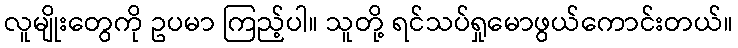
လူမျိုးတွေကို ဥပမာ ကြည့်ပါ။ သူတို့ ရင်သပ်ရှုမောဖွယ်ကောင်းတယ်။